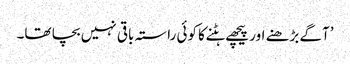
’آگے بڑھنے اور پیچھے ہٹنے کا کوئی راستہ باقی نہیں بچا تھا۔